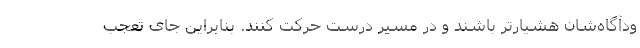
ودآگاه‌شان هشیارتر باشند و در مسیر درست حرکت کنند. بنابراین جای تعجب